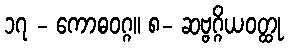
၁၇ - ကောဓဝဂ္ဂ။ ၈- ဆဗ္ဗဂ္ဂိယဝတ္ထု